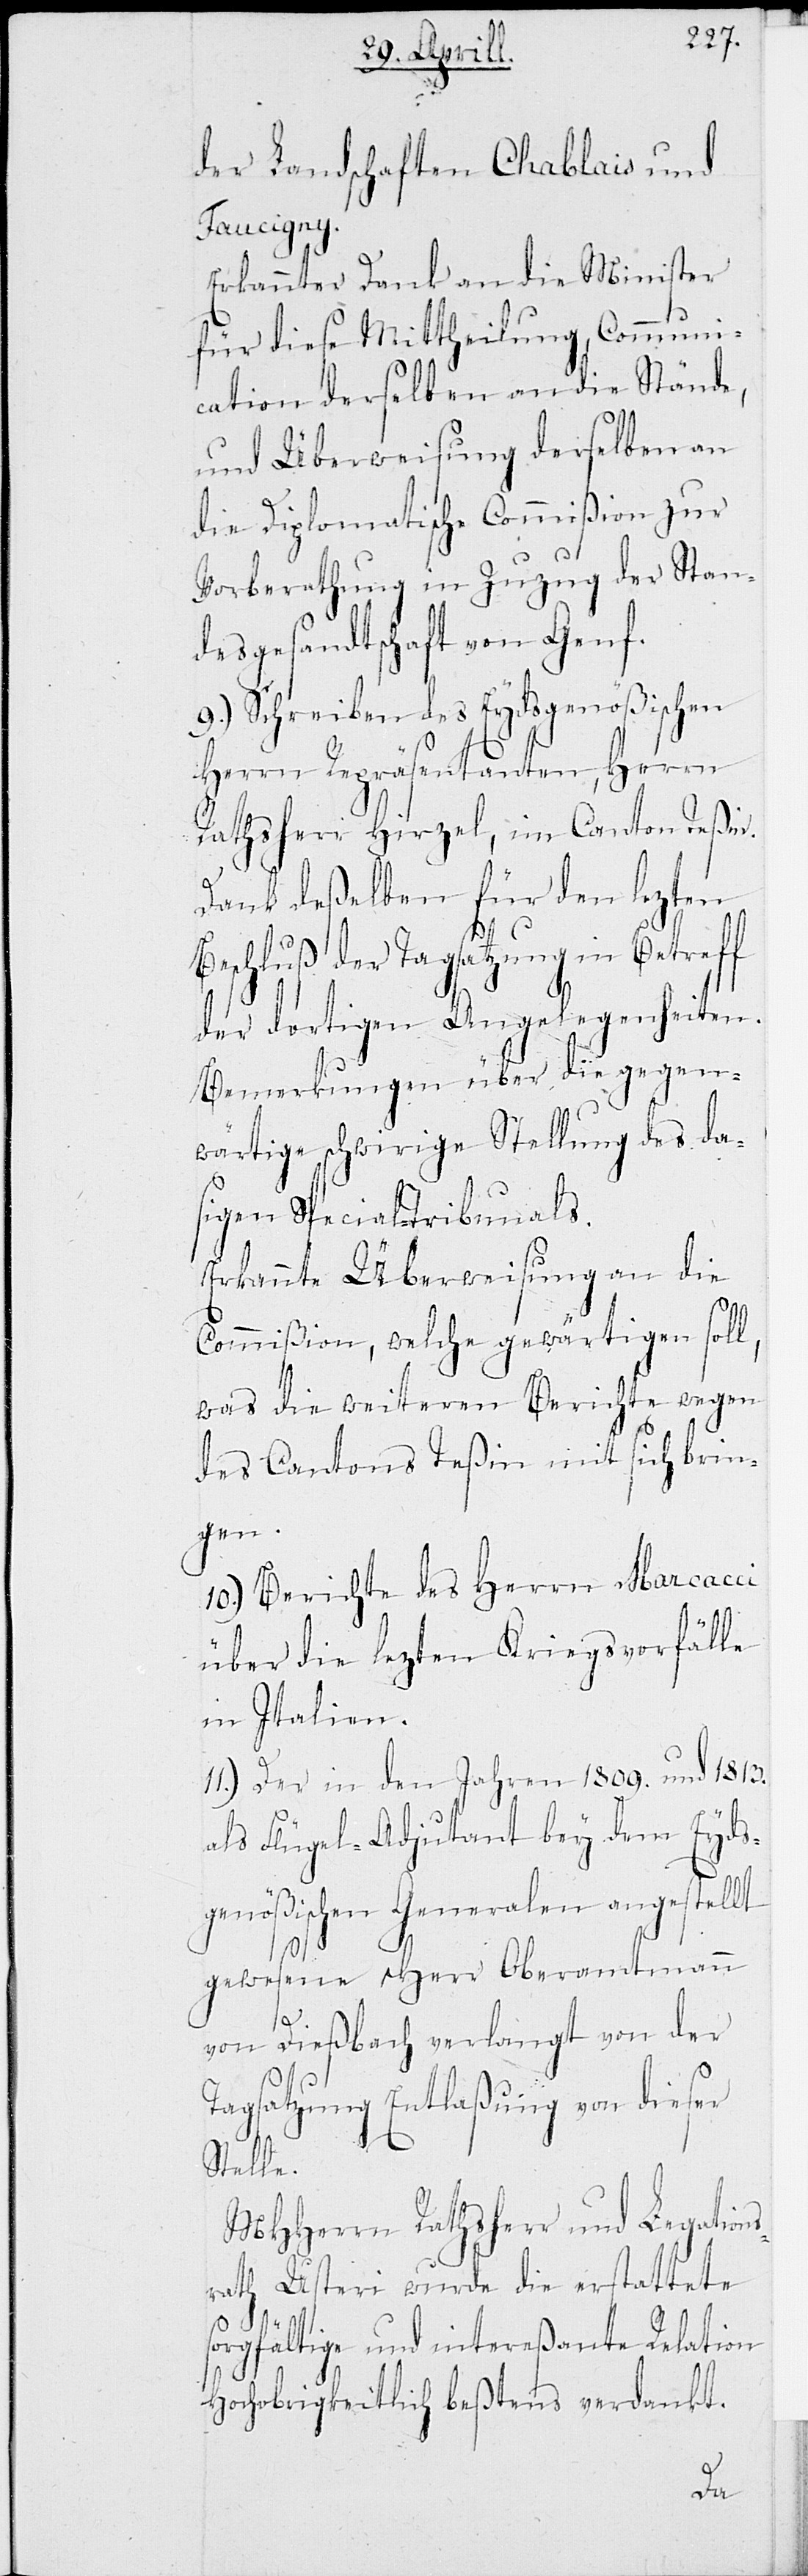
der Landschaften Chablais und
Faucigny.
Erkannter Dank an die Minister
für diese Mittheilung, Communi¬
cation derselben an die Stände,
und Überweisung derselben an
die Diplomatische Commißion zur
Vorberathung in Zuzug der Stan¬
desgesandtschaft von Genf.
9.) Schreiben des Eydsgenößischen
Herrn Repräsentanten, Herrn
Rathsherr Hirzel, im Canton Teßin.
Dank deßelben für den lezten
Beschluß der Tagsatzung in Betreff
der dortigen Angelegenheiten.
Bemerkung über die gegen¬
wärtige schwierige Stellung des da¬
sigen Special-Tribunals.
Erkannte Überweisung an die
Commißion, welche gewärtigen soll,
was die weiteren Berichte wegen
des Cantons Teßin mit sich brin¬
gen.
10.) Berichte des Herrn Marcacci
über die lezten Kriegsvorfälle
in Italien.
11.) Der in den Jahren 1809. und 1813.
als Flügel-Adjutant bey dem Eyds¬
genößischen Generalen angestellt
gewesene Herr Oberamtmann
von Dießbach verlangt von der
Tagsatzung Entlaßung von dieser
Stelle.
MHHerrn Rathsherr und Legations¬
rath Usteri wurde die erstattete
sorgfältige und intereßante Relation
Hochobrigkeitlich beßtens verdankt.